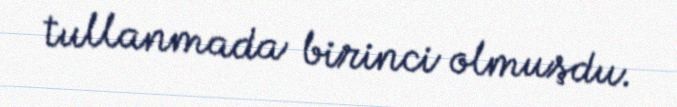
tullanmada birinci olmuşdu.